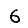
Digit: 6